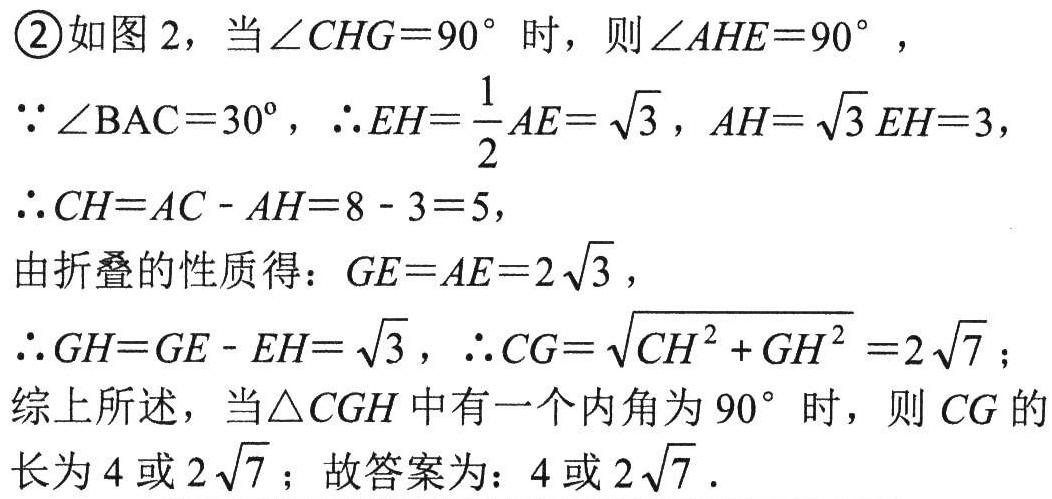
\textcircled{2}如图 2，当\(\angle CHG = 90^{\circ}\)时，则\(\angle AHE = 90^{\circ}\)，
\(\because\angle BAC = 30^{\circ}\)，\(\therefore EH=\frac{1}{2}AE = \sqrt{3}\)，\(AH = \sqrt{3}EH = 3\)，
\(\therefore CH = AC - AH = 8 - 3 = 5\)，
由折叠的性质得：\(GE = AE = 2\sqrt{3}\)，
\(\therefore GH = GE - EH = \sqrt{3}\)，\(\therefore CG=\sqrt{CH^{2}+GH^{2}} = 2\sqrt{7}\)；
综上所述，当\(\triangle CGH\)中有一个内角为\(90^{\circ}\)时，则\(CG\)的长为\(4\)或\(2\sqrt{7}\)；故答案为：\(4\)或\(2\sqrt{7}\)．